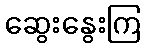
ဆွေးနွေးကြ